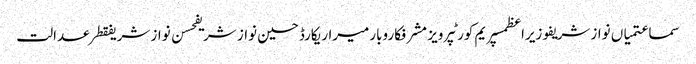
سماعتمیاں نواز شریفوزیراعظمسپریم کورٹپرویز مشرفکاروبارمیراریکارڈحسین نواز شریفحسن نواز شریفقطرعدالت